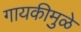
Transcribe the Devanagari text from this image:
गायकीमुळे